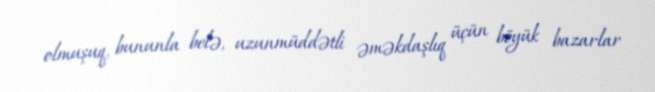
olmuşuq, bununla belə, uzunmüddətli əməkdaşlıq üçün böyük bazarlar